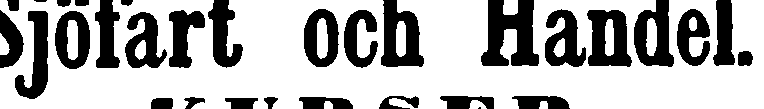
Sjöfart och Handel.